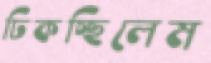
ঢিকচ্ছিলেম